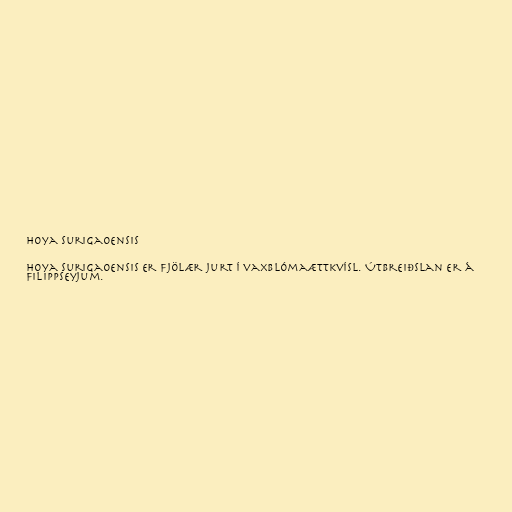
Hoya surigaoensis

Hoya surigaoensis er fjölær jurt í vaxblómaættkvísl. Útbreiðslan er á
Filippseyjum.